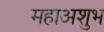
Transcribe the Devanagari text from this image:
महाअशुभ